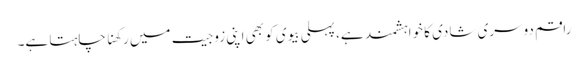
راقم دوسری شادی کا خواہشمند ہے، پہلی بیوی کو بھی اپنی زوجیت میں رکھنا چاہتا ہے۔